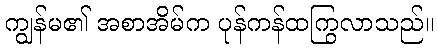
ကျွန်မ၏ အစာအိမ်က ပုန်ကန်ထကြွလာသည်။